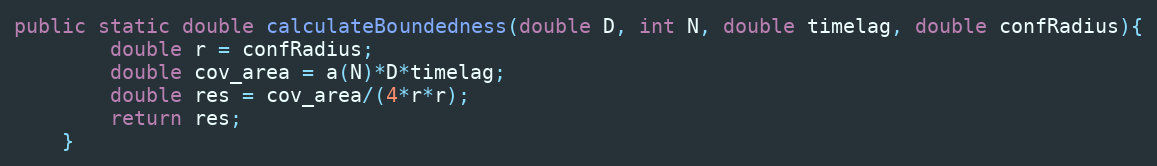
Language: Java
public static double calculateBoundedness(double D, int N, double timelag, double confRadius){
		double r = confRadius;
		double cov_area = a(N)*D*timelag;
		double res = cov_area/(4*r*r);
		return res;
	}